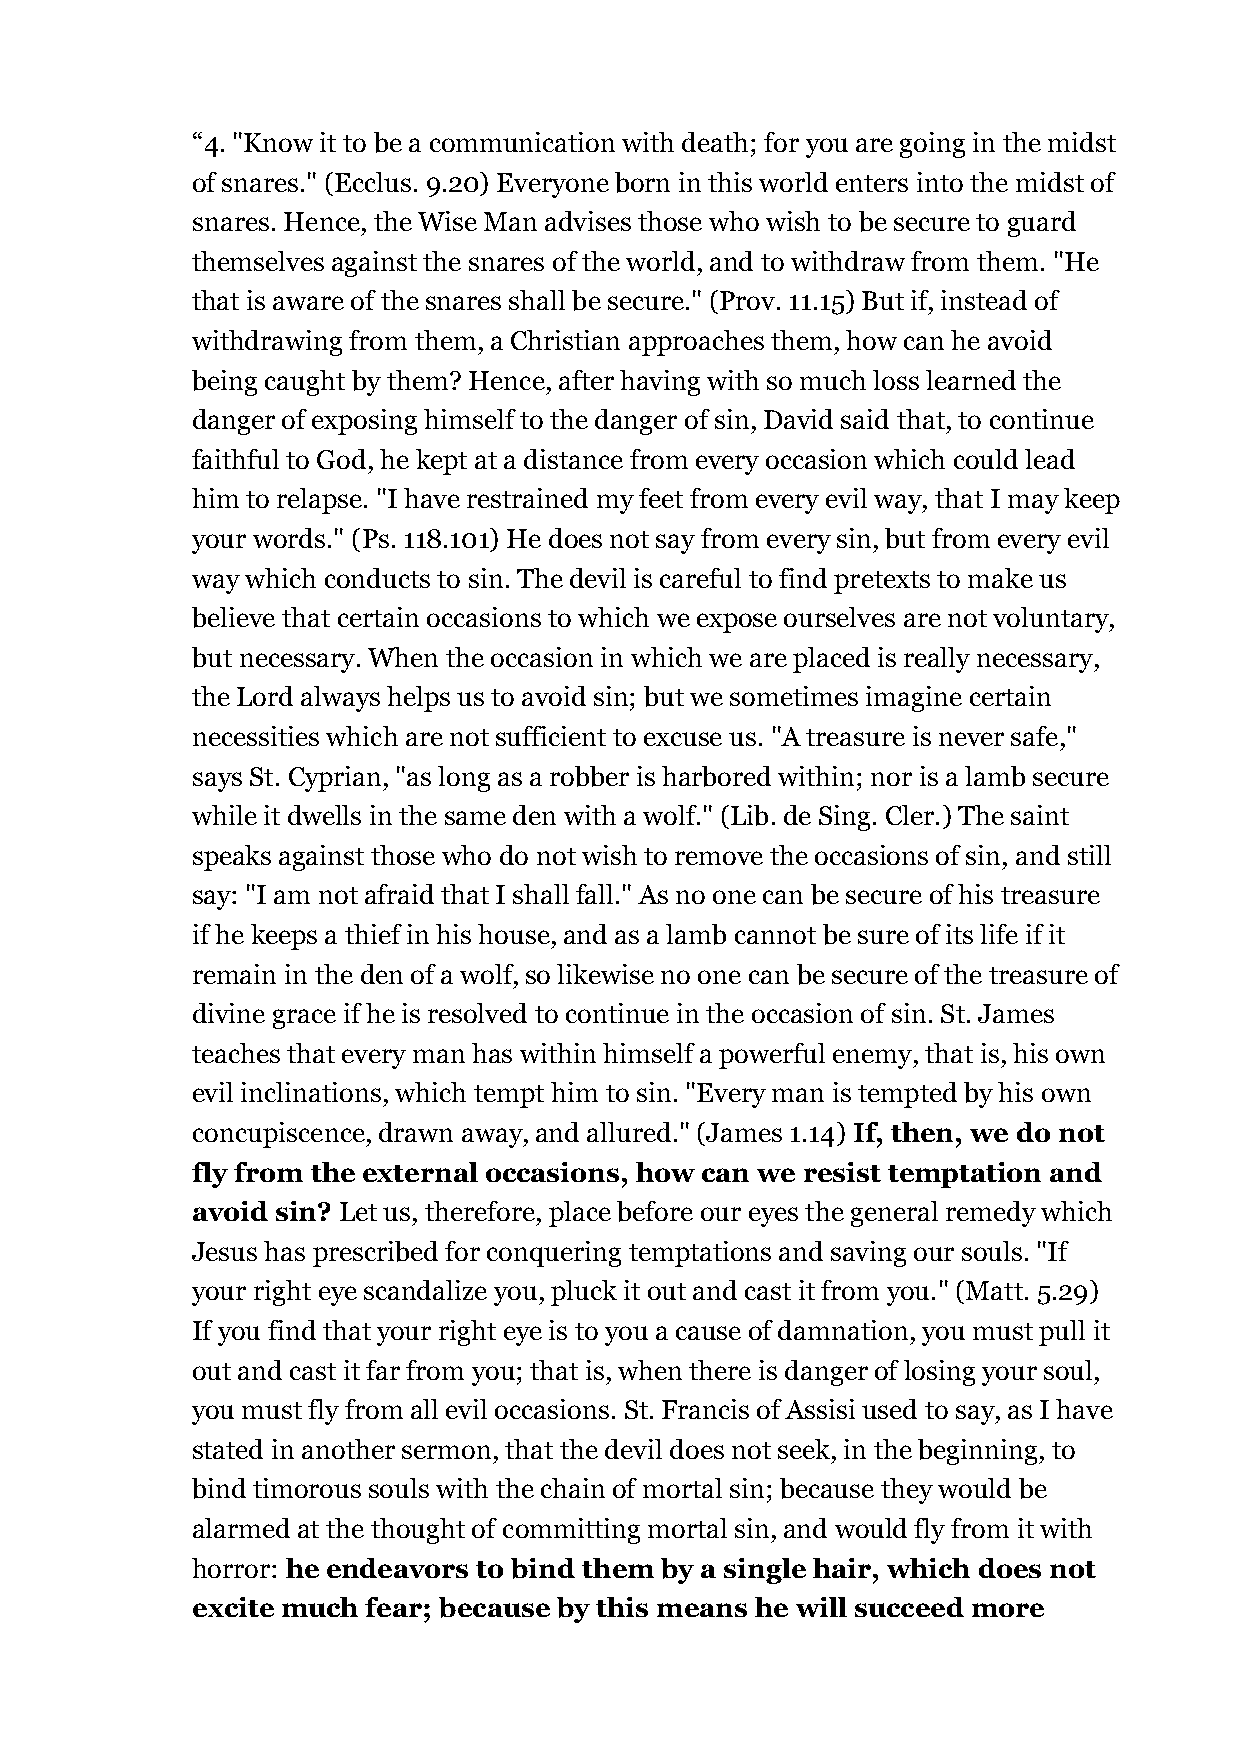
“4. "Know it to be a communication with death; for you are going in the midst
 of snares." (Ecclus. 9.20) Everyone born in this world enters into the midst of
 snares. Hence, the Wise Man advises those who wish to be secure to guard
 themselves against the snares of the world, and to withdraw from them. "He
 that is aware of the snares shall be secure." (Prov. 11.15) But if, instead of
 withdrawing from them, a Christian approaches them, how can he avoid
 being caught by them? Hence, after having with so much loss learned the
 danger of exposing himself to the danger of sin, David said that, to continue
 faithful to God, he kept at a distance from every occasion which could lead
 him to relapse. "I have restrained my feet from every evil way, that I may keep
 your words." (Ps. 118.101) He does not say from every sin, but from every evil
 way which conducts to sin. The devil is careful to find pretexts to make us
 believe that certain occasions to which we expose ourselves are not voluntary,
 but necessary. When the occasion in which we are placed is really necessary,
 the Lord always helps us to avoid sin; but we sometimes imagine certain
 necessities which are not sufficient to excuse us. "A treasure is never safe,"
 says St. Cyprian, "as long as a robber is harbored within; nor is a lamb secure
 while it dwells in the same den with a wolf." (Lib. de Sing. Cler.) The saint
 speaks against those who do not wish to remove the occasions of sin, and still
 say: "I am not afraid that I shall fall." As no one can be secure of his treasure
 if he keeps a thief in his house, and as a lamb cannot be sure of its life if it
 remain in the den of a wolf, so likewise no one can be secure of the treasure of
 divine grace if he is resolved to continue in the occasion of sin. St. James
 teaches that every man has within himself a powerful enemy, that is, his own
 evil inclinations, which tempt him to sin. "Every man is tempted by his own
 concupiscence, drawn away, and allured." (James 1.14) If, then, we do not
 fly from the external occasions, how can we resist temptation and
 avoid sin? Let us, therefore, place before our eyes the general remedy which
 Jesus has prescribed for conquering temptations and saving our souls. "If
 your right eye scandalize you, pluck it out and cast it from you." (Matt. 5.29)
 If you find that your right eye is to you a cause of damnation, you must pull it
 out and cast it far from you; that is, when there is danger of losing your soul,
 you must fly from all evil occasions. St. Francis of Assisi used to say, as I have
 stated in another sermon, that the devil does not seek, in the beginning, to
 bind timorous souls with the chain of mortal sin; because they would be
 alarmed at the thought of committing mortal sin, and would fly from it with
 horror: he endeavors to bind them by a single hair, which does not
 excite much fear; because by this means he will succeed more